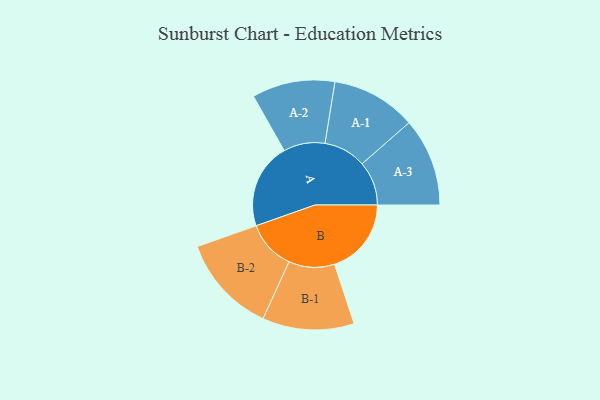
{"axis": {"x": "Segment", "y": "Value"}, "legend": ["", "A", "B"], "data": [{"x": "A", "y": 450, "type": ""}, {"x": "B", "y": 404, "type": ""}, {"x": "A-1", "y": 223, "type": "A"}, {"x": "A-2", "y": 218, "type": "A"}, {"x": "A-3", "y": 232, "type": "A"}, {"x": "B-1", "y": 241, "type": "B"}, {"x": "B-2", "y": 259, "type": "B"}]}